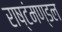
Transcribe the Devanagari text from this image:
राष्टंमण्डल